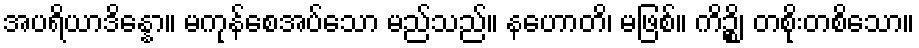
အပရိယာဒိန္နော။ မကုန်စေအပ်သော မည်သည်။ နဟောတိ၊ မဖြစ်။ ကိဉ္စိ၊ တစိုးတစိသော။